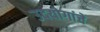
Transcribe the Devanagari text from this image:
उदयोगांचे